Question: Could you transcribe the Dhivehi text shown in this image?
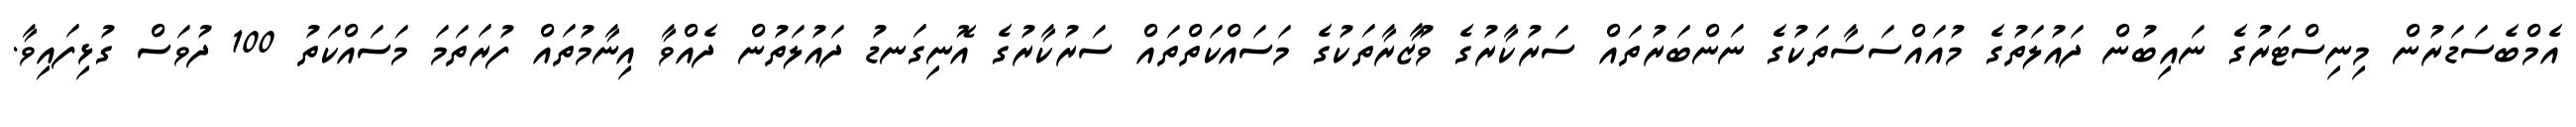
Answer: އެމްބެސަޑަރުން މިނިސްޓަރުގެ ނައިބުން ދައުލަތުގެ މުއައްސަސާތަކުގެ ނަންބަރުތައް ސަރުކާރުގެ ވުޒާރާތަކުގެ މަސައްކަތްތައް ސަރުކާރުގެ އޮނިގަނޑު ދައުލަތުން ދެއްވާ އިނާމުތައް ފުރަތަމަ މަސައްކަތު 100 ދުވަސް ގުޅިފައިވާ.